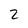
Character: Z